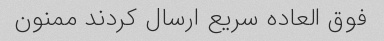
فوق العاده سریع ارسال کردند ممنون